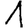
Digit: 1